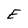
Character: E